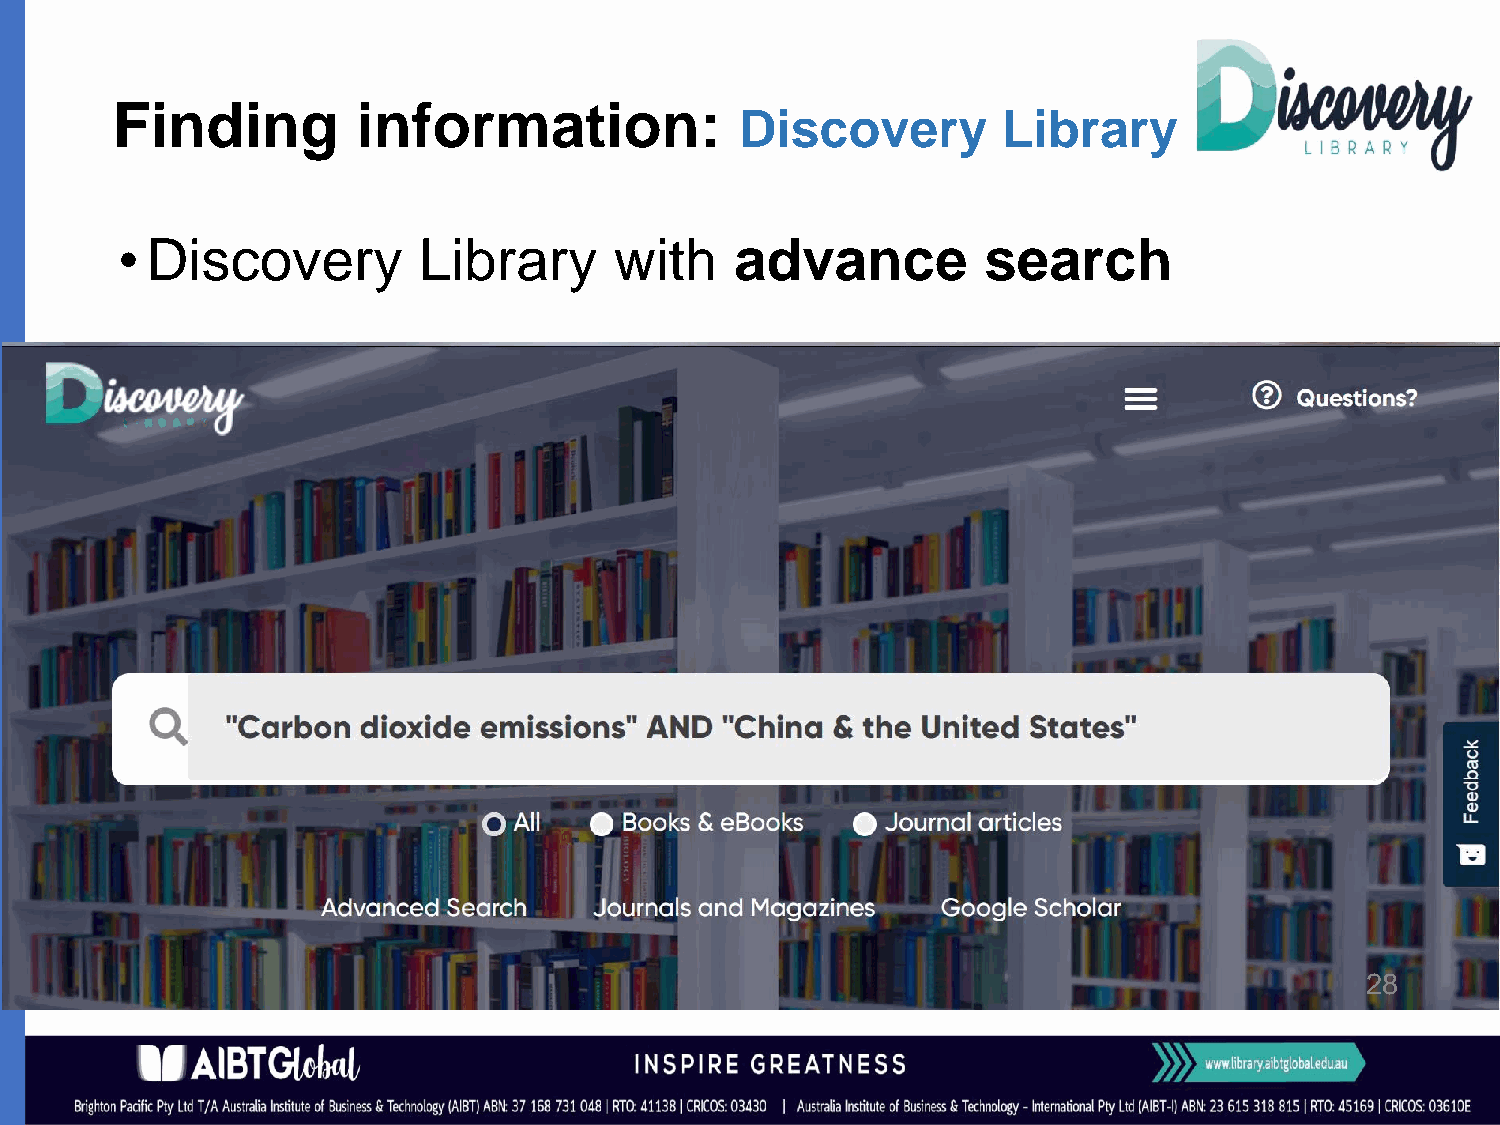
Finding          information:
 Discovery        Library
 • Discovery         Library      with    advance         search
 28